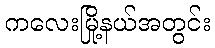
ကလေးမြို့နယ်အတွင်း